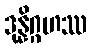
ဒုန္နိဂ္ဂဟဿ